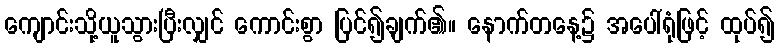
ကျောင်းသို့ယူသွားပြီးလျှင် ကောင်းစွာ ပြင်၍ချက်၏။ နောက်တနေ့၌ အပေါ်ရုံဖြင့် ထုပ်၍